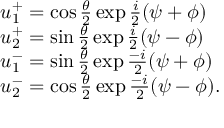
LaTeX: \begin{array} { l c r } { { u _ { 1 } ^ { + } = \cos { \frac { \theta } { 2 } } \exp { \frac { i } { 2 } } ( \psi + \phi ) } } \\ { { u _ { 2 } ^ { + } = \sin { \frac { \theta } { 2 } } \exp { \frac { i } { 2 } } ( \psi - \phi ) } } \\ { { u _ { 1 } ^ { - } = \sin { \frac { \theta } { 2 } } \exp { \frac { - i } { 2 } } ( \psi + \phi ) } } \\ { { u _ { 2 } ^ { - } = \cos { \frac { \theta } { 2 } } \exp { \frac { - i } { 2 } } ( \psi - \phi ) . } } \end{array}